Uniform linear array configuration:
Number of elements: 64
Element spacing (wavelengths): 0.25
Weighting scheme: hamming
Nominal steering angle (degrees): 0
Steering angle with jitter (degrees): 1.743
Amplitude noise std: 0.05
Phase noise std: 0.05

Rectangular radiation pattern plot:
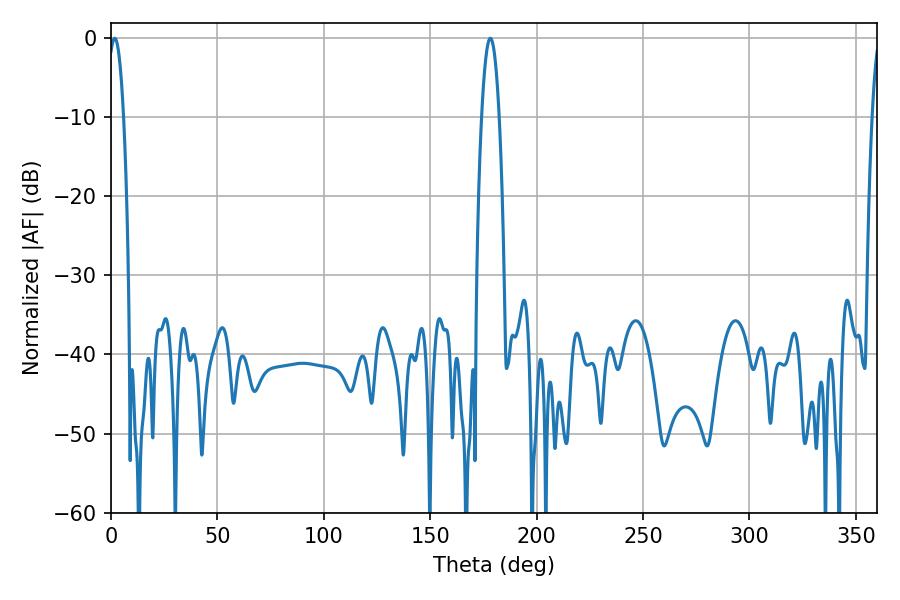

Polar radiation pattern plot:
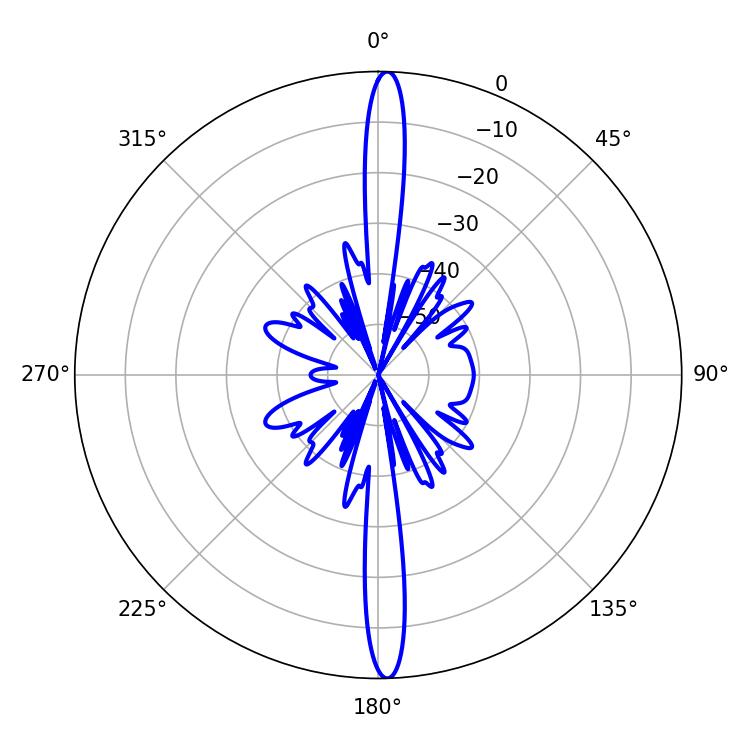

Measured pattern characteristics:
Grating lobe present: FALSE
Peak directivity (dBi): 25.819
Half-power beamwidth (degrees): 4.5
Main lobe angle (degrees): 178.2